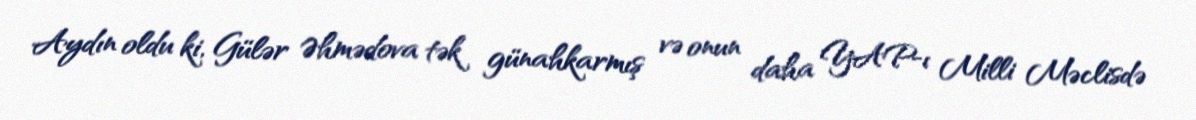
Aydın oldu ki, Gülər Əhmədova tək günahkarmış və onun daha YAP-ı Milli Məclisdə